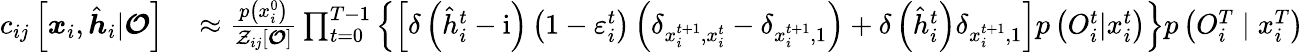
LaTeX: \begin{array}{rl}{c_{ij}\left[\boldsymbol{x}_{i},\hat{\boldsymbol{h}}_{i}|\boldsymbol{\mathcal{O}}\right]}&{{}\approx\frac{p\left(x_{i}^{0}\right)}{{\mathcal{Z}}_{ij}[\boldsymbol{\mathcal{O}}]}\prod_{t=0}^{T-1}\left\{ \left[\delta\left(\hat{h}_{i}^{t}-\mathrm{i}\right)\left(1-\varepsilon_{i}^{t}\right)\left(\delta_{x_{i}^{t+1},x_{i}^{t}}-\delta_{x_{i}^{t+1},1}\right)+\delta\left(\hat{h}_{i}^{t}\right)\delta_{x_{i}^{t+1},1}\right]p\left({O}_{i}^{t}|x_{i}^{t}\right)\right\} p\left({O}_{i}^{T}\mid x_{i}^{T}\right)}\end{array}